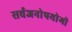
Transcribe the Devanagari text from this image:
सर्वजनाेपयाेगी